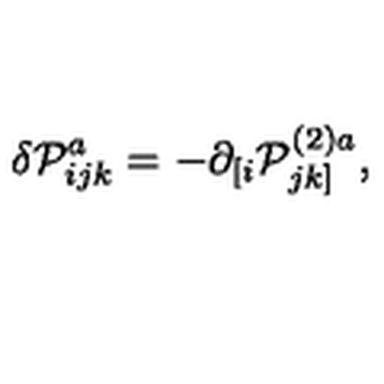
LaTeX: \delta \mathcal { P } _ { i j k } ^ { a } = - \partial _ { [ i } \mathcal { P } _ { j k ] } ^ { ( 2 ) a } ,